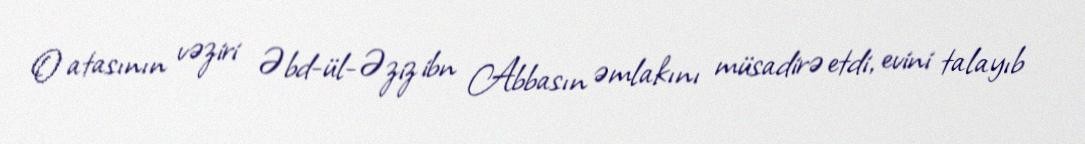
O atasının vəziri Əbd-ül-Əziz ibn Abbasın əmlakını müsadirə etdi, evini talayıb